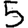
Digit: 5